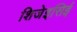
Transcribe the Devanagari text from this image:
शिजेइसिई